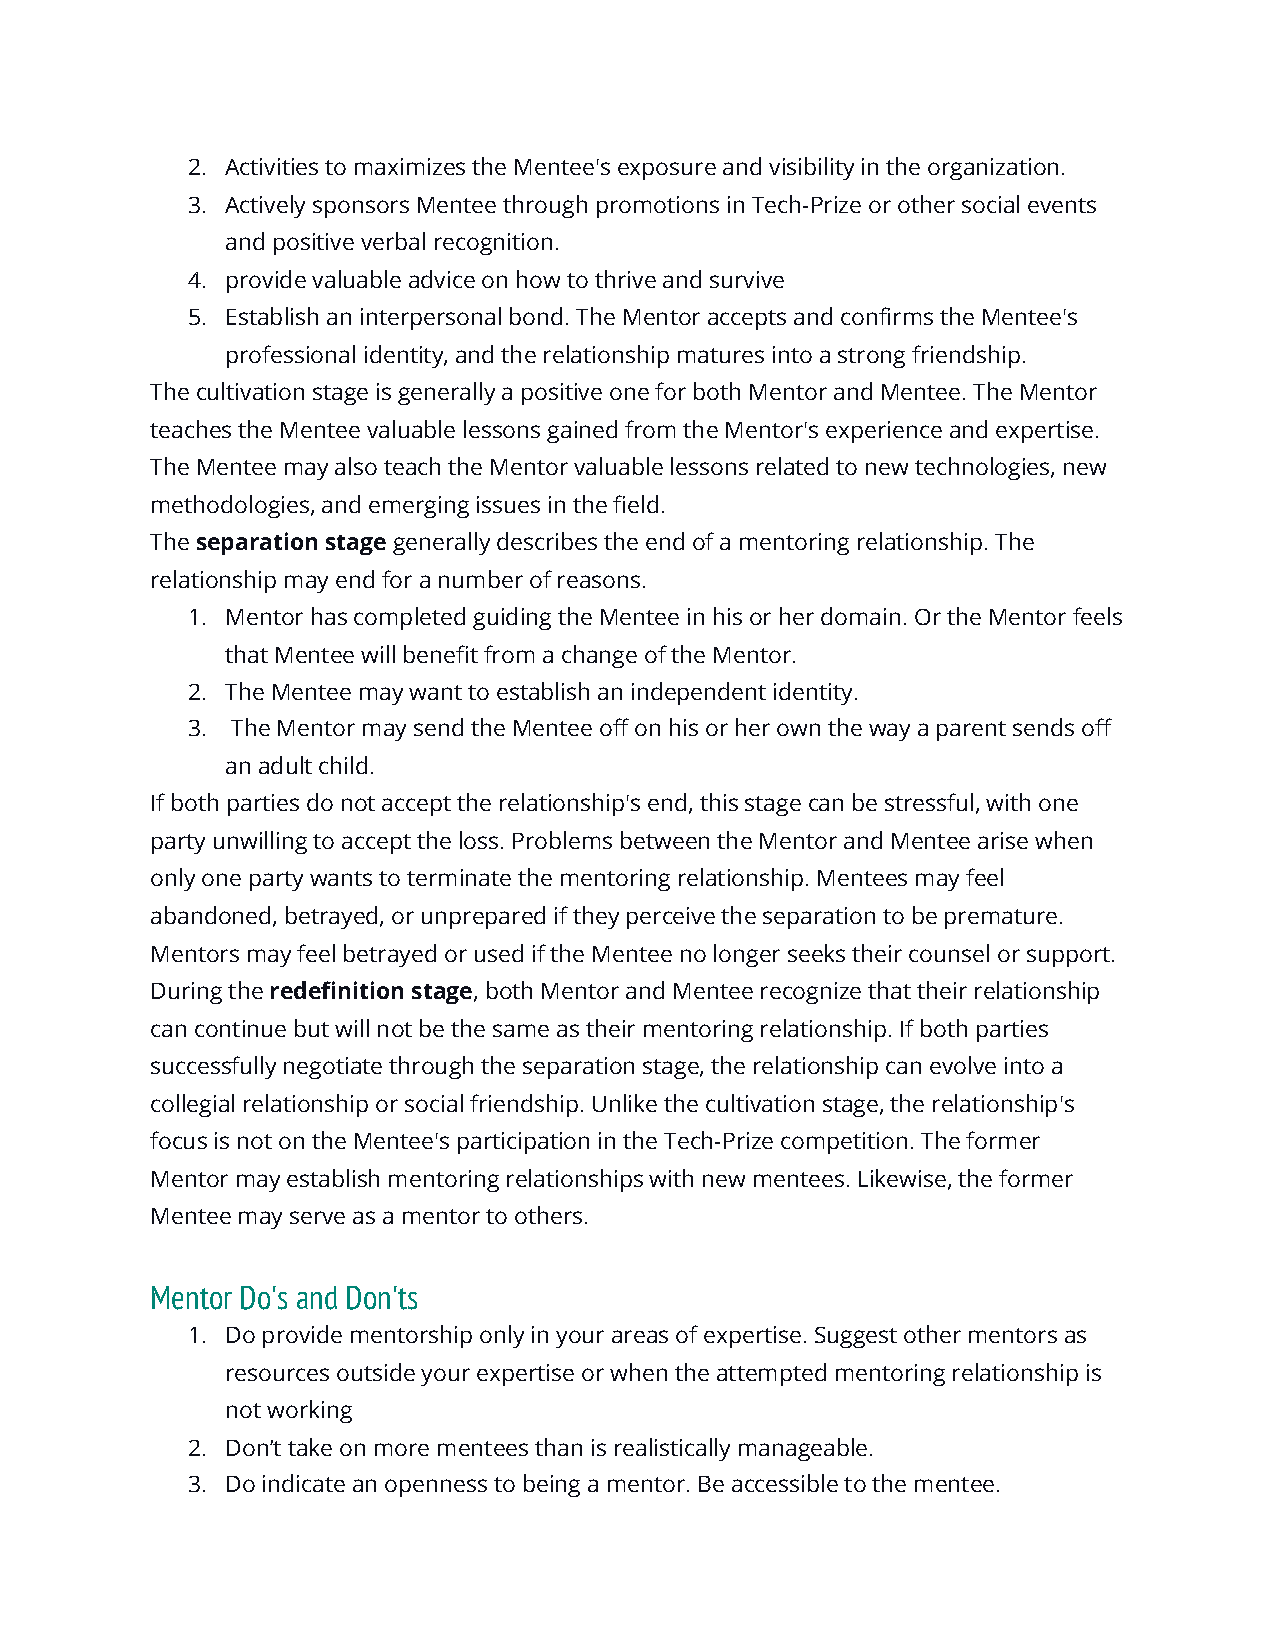
2. Activities to maximizes the Mentee's exposure and visibility in the organization.
 3. Actively sponsors Mentee through promotions in Tech-Prize or other social events
 and positive verbal recognition.
 4. provide valuable advice on how to thrive and survive
 5. Establish an interpersonal bond. The Mentor accepts and confirms the Mentee's
 professional identity, and the relationship matures into a strong friendship.
 The cultivation stage is generally a positive one for both Mentor and Mentee. The Mentor
 teaches the Mentee valuable lessons gained from the Mentor's experience and expertise.
 The Mentee may also teach the Mentor valuable lessons related to new technologies, new
 methodologies, and emerging issues in the field.
 The ​separation stage​ generally describes the end of a mentoring relationship. The
 relationship may end for a number of reasons.
 1. Mentor has completed guiding the Mentee in his or her domain. Or the Mentor feels
 that Mentee will benefit from a change of the Mentor.
 2. The Mentee may want to establish an independent identity.
 3. The Mentor may send the Mentee off on his or her own the way a parent sends off
 an adult child.
 If both parties do not accept the relationship's end, this stage can be stressful, with one
 party unwilling to accept the loss. Problems between the Mentor and Mentee arise when
 only one party wants to terminate the mentoring relationship. Mentees may feel
 abandoned, betrayed, or unprepared if they perceive the separation to be premature.
 Mentors may feel betrayed or used if the Mentee no longer seeks their counsel or support.
 During the ​redefinition stage​, both Mentor and Mentee recognize that their relationship
 can continue but will not be the same as their mentoring relationship. If both parties
 successfully negotiate through the separation stage, the relationship can evolve into a
 collegial relationship or social friendship. Unlike the cultivation stage, the relationship's
 focus is not on the Mentee's participation in the Tech-Prize competition. The former
 Mentor may establish mentoring relationships with new mentees. Likewise, the former
 Mentee may serve as a mentor to others.
 Mentor Do's and Don'ts
 1. Do provide mentorship only in your areas of expertise. Suggest other mentors as
 resources outside your expertise or when the attempted mentoring relationship is
 not working
 2. Don’t take on more mentees than is realistically manageable.
 3. Do indicate an openness to being a mentor. Be accessible to the mentee.